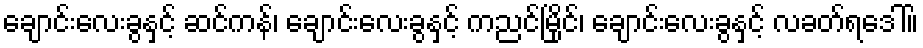
ချောင်းလေးခွနှင့် ဆင်ကန်၊ ချောင်းလေးခွနှင့် ကညင်မြိုင်၊ ချောင်းလေးခွနှင့် လခတ်ရဒေါ်။